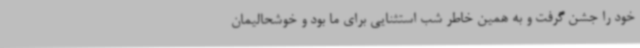
خود را جشن گرفت و به همین خاطر شب استثنایی برای ما بود و خوشحالیمان